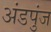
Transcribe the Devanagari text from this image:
अंडपुंज